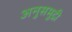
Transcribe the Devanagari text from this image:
अनुसमुद्री